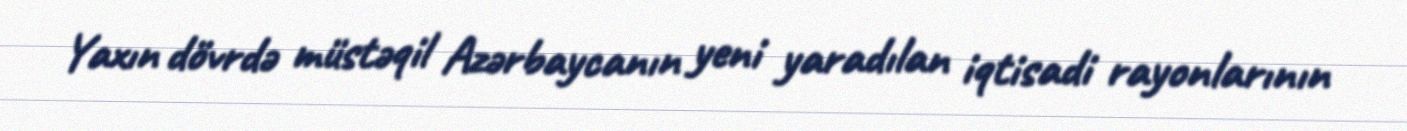
Yaxın dövrdə müstəqil Azərbaycanın yeni yaradılan iqtisadi rayonlarının